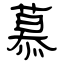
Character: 慕